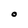
Character: O